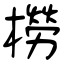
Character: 橯